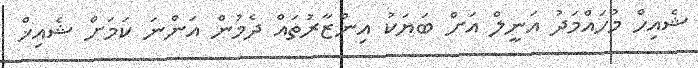
ޝެއިހް މުހައްމަދު އަނީލް އަށް ބަޔަކު އިންޒާރުތައް ދެމުން އަންނަ ކަމަށް ޝެއިޚް